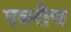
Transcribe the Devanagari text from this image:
एक्‍रीच